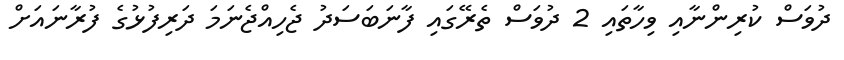
ދުވަސް ކުރިންނާއި ވިހާތައި 2 ދުވަސް ތެރޭގައި ފާނަބަސަދު ޖެހިއްޖެނަމަ ދަރިފުޅުގެ ފުރާނައަށް